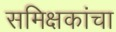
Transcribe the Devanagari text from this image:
समिक्षकांचा